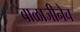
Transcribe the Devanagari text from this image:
बाळाजीनेच